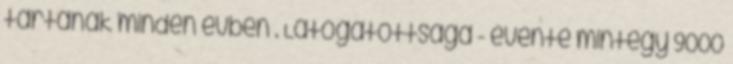
tartanak minden évben . Látogatottsága - évente mintegy 9000